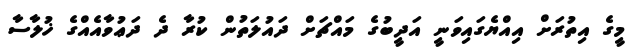
މީގެ އިތުރަށް އިއްޔެގައިވަނީ އަދީބުގެ މައްޗަށް ދައުލަތުން ކުރާ ދެ ދަޢުވާއެއްގެ ޚުލާސާ